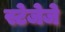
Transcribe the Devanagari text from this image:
स्टेजेजे